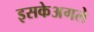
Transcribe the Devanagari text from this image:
इसकेअगले